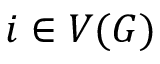
i \in V ( G )